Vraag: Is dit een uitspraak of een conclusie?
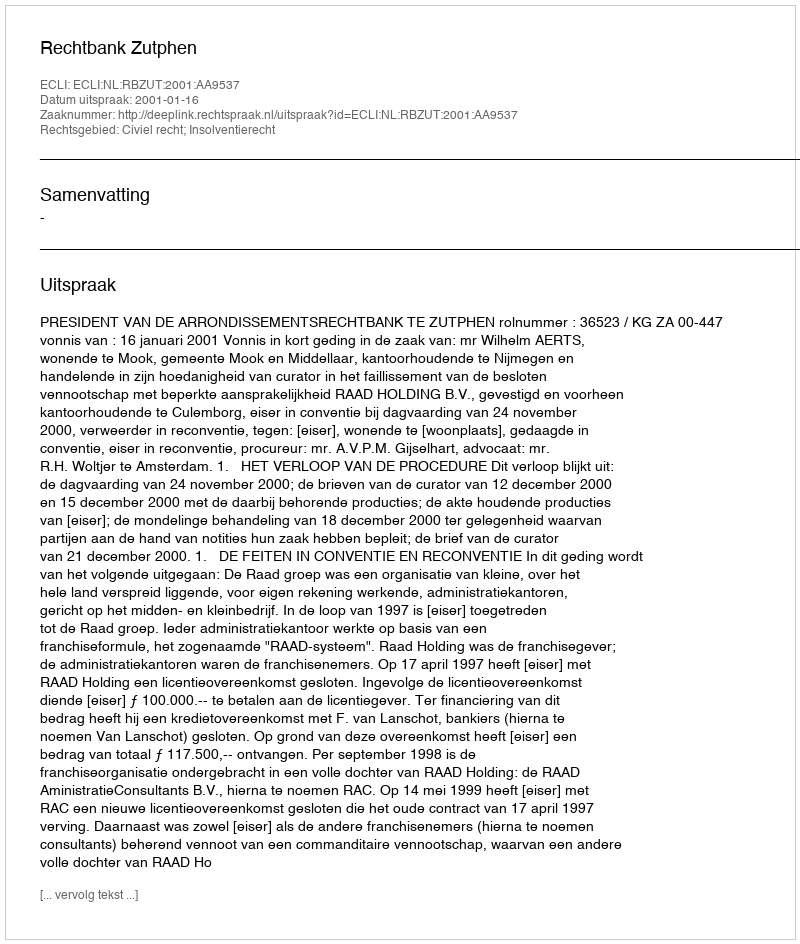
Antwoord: Uitspraak